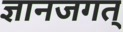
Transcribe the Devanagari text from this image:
ज्ञानजगत्‌